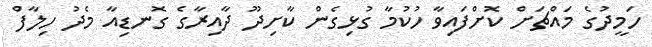
ހަމީދުގެ މައްޗަށް ކޮށްފައިވާ ހުކުމާ ގުޅިގެން ކާށިދޫ ދާއިރާގެ ގޮނޑިއާ މެދު ހިލާފް